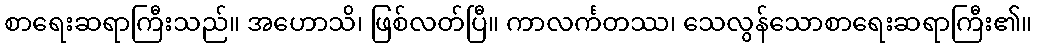
စာရေးဆရာကြီးသည်။ အဟောသိ၊ ဖြစ်လတ်ပြီ။ ကာလင်္ကတဿ၊ သေလွန်သောစာရေးဆရာကြီး၏။